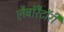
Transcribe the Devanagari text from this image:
लैबाॅरैटाॅरी